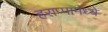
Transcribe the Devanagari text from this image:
हराप्पामध्ये